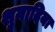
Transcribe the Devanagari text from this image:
शुमादिया